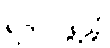
ရဲတပ်ဖွဲ့သို့